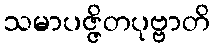
သမာပဇ္ဇိတပုဗ္ဗာတိ